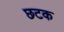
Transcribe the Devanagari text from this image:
छटक